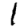
Digit: 1